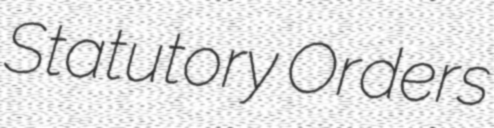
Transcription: Statutory Orders